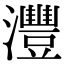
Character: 灃